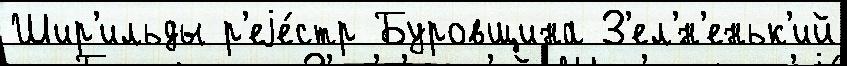
Шир'ильды р'еjе́стр Буровщина З'ел'́н'еньк'ий